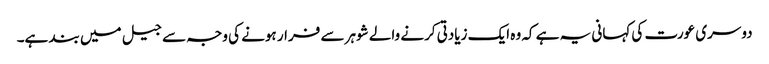
دوسری عورت کی کہانی یہ ہے کہ وہ ایک زیادتی کرنے والے شوہر سے فرار ہونے کی وجہ سے جیل میں بند ہے۔